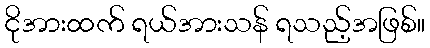
ငိုအားထက် ရယ်အားသန် ရသည့်အဖြစ်။